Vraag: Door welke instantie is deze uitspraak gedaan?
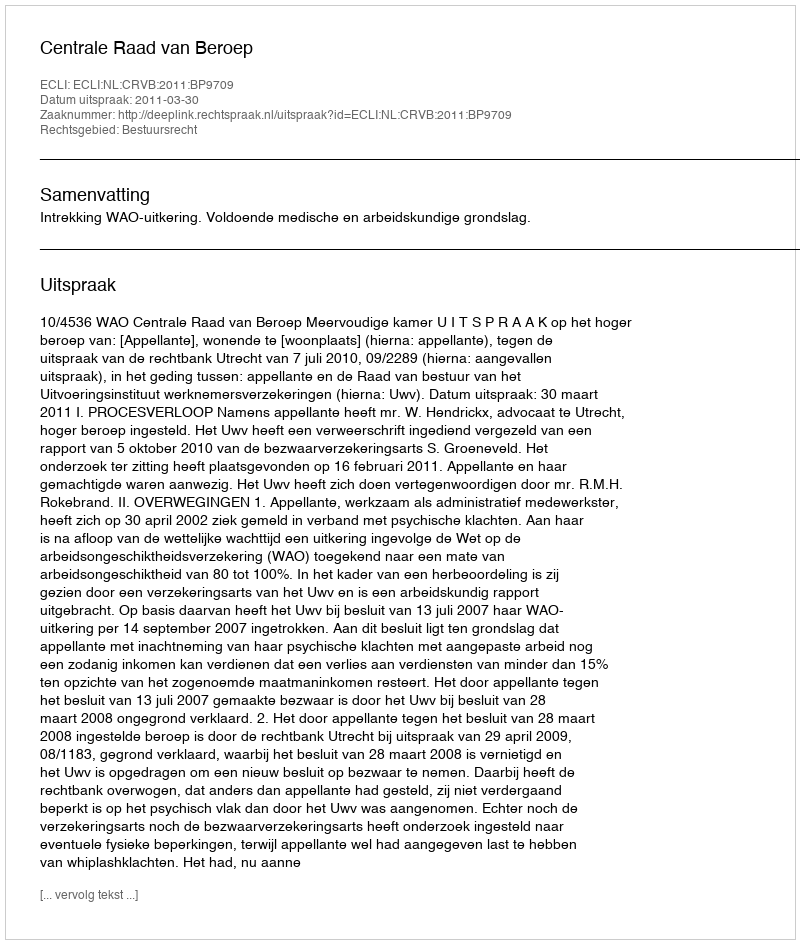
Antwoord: Centrale Raad van Beroep